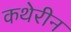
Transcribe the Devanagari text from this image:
कथेरीन